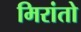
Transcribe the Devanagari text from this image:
मिरांतो